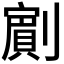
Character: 𭄗